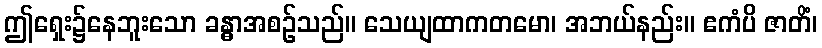
ဤရှေး၌နေဘူးသော ခန္ဓာအစဉ်သည်။ သေယျထာကတမော၊ အဘယ်နည်း။ ဧကံပိ ဇာတိံ၊